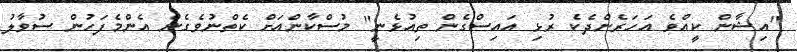
"އިޝާން ކީއްވެ އަހަރެންދެކެ ރުޅި އައިސްގެން ތިއުޅެނީ" މުސްކާންއަށް ކެތްނުވެގެން އެންމެފަހުން ސުވާލު